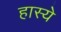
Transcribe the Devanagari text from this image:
हास्ये